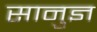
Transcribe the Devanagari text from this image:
सानुज्ञ